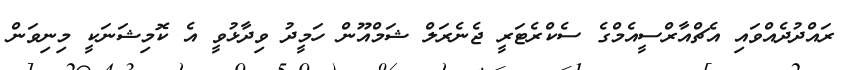
ރައްދުދެއްވައި އެޗްއާރްސީއެމްގެ ސެކްރެޓަރީ ޖެނެރަލް ޝަމްއޫން ހަމީދު ވިދާޅުވީ އެ ކޮމިޝަނަކީ މިނިވަން